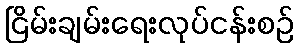
ငြိမ်းချမ်းရေးလုပ်ငန်းစဉ်